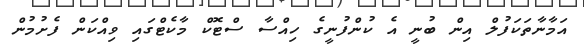
އަމާނާތަކަފުލް އިން ބުނީ އެ ކުންފުނީގެ ހިއްސާ ސްޓޮކް މާކެޓްގައި ވިއްކަން ފެށުމުން